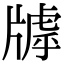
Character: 𤗭